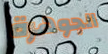
الجوهرة